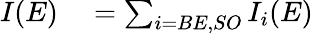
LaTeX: \begin{array}{rl}{I(E)}&{{}=\sum_{i=BE,SO}I_{i}(E)}\end{array}